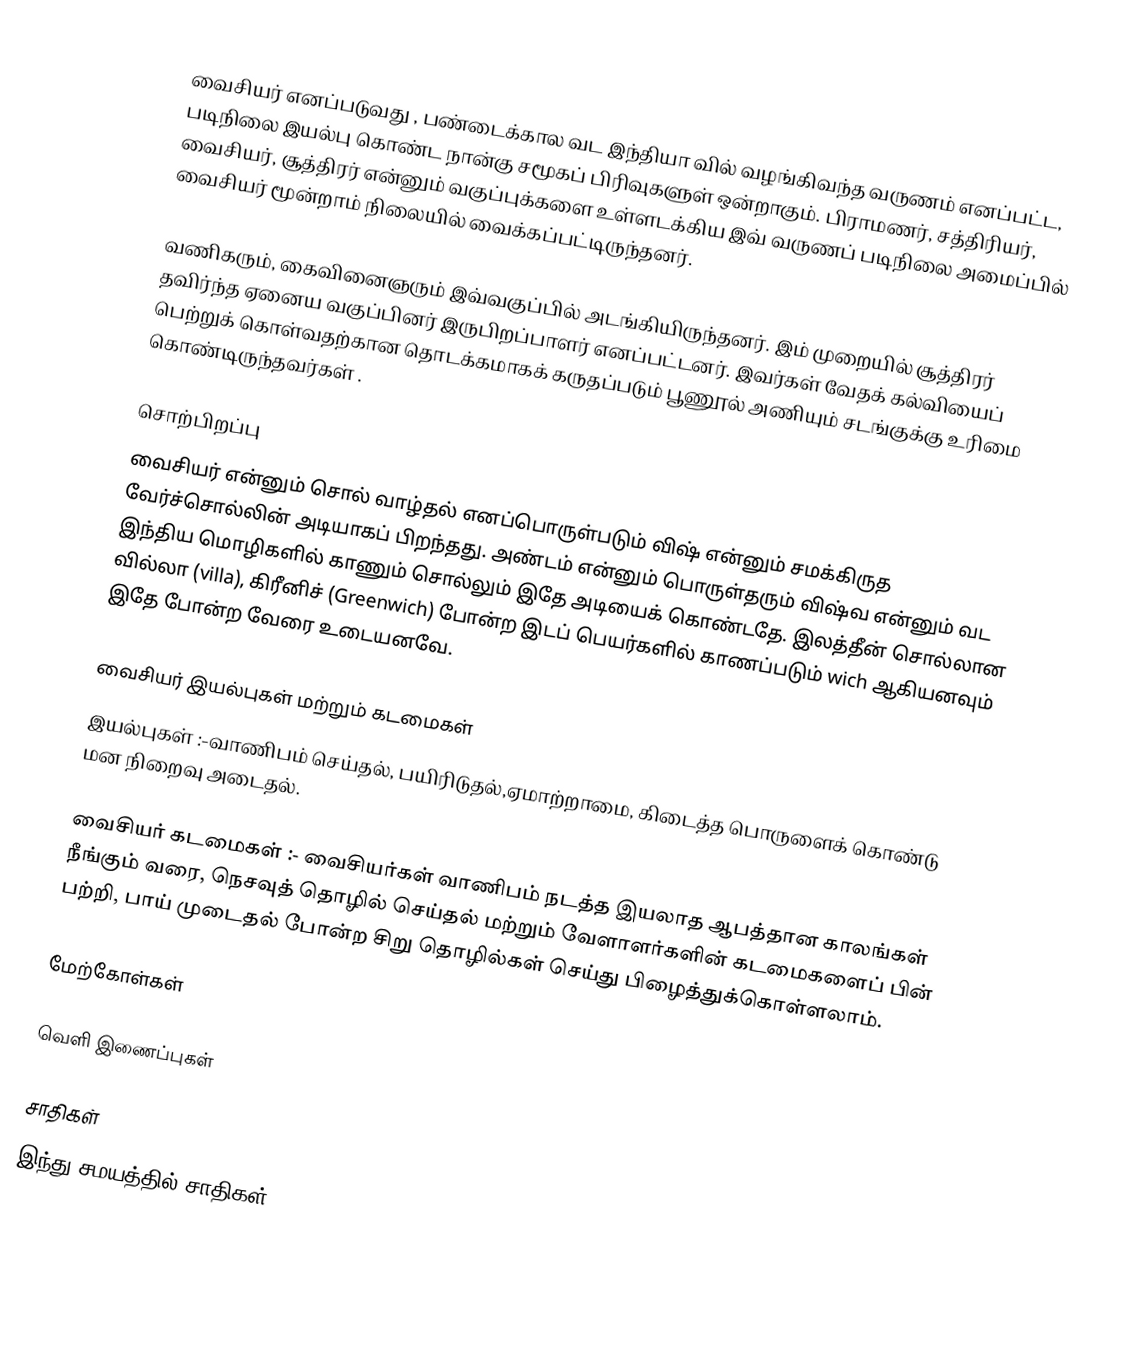
வைசியர் எனப்படுவது , பண்டைக்கால வட இந்தியா வில் வழங்கிவந்த வருணம் எனப்பட்ட, படிநிலை இயல்பு கொண்ட நான்கு சமூகப் பிரிவுகளுள் ஒன்றாகும். பிராமணர், சத்திரியர், வைசியர், சூத்திரர் என்னும் வகுப்புக்களை உள்ளடக்கிய இவ் வருணப் படிநிலை அமைப்பில் வைசியர் மூன்றாம் நிலையில் வைக்கப்பட்டிருந்தனர்.

வணிகரும், கைவினைஞரும் இவ்வகுப்பில் அடங்கியிருந்தனர். இம் முறையில் சூத்திரர் தவிர்ந்த ஏனைய வகுப்பினர் இருபிறப்பாளர் எனப்பட்டனர். இவர்கள் வேதக் கல்வியைப் பெற்றுக் கொள்வதற்கான தொடக்கமாகக் கருதப்படும் பூணூல் அணியும் சடங்குக்கு உரிமை கொண்டிருந்தவர்கள்  .

சொற்பிறப்பு
வைசியர் என்னும் சொல் வாழ்தல் எனப்பொருள்படும் விஷ் என்னும் சமக்கிருத வேர்ச்சொல்லின் அடியாகப் பிறந்தது. அண்டம் என்னும் பொருள்தரும் விஷ்வ என்னும் வட இந்திய மொழிகளில் காணும் சொல்லும் இதே அடியைக் கொண்டதே. இலத்தீன் சொல்லான வில்லா (villa), கிரீனிச் (Greenwich) போன்ற இடப் பெயர்களில் காணப்படும் wich ஆகியனவும் இதே போன்ற வேரை உடையனவே.

வைசியர் இயல்புகள் மற்றும் கடமைகள்
 இயல்புகள் :-வாணிபம் செய்தல், பயிரிடுதல்,ஏமாற்றாமை, கிடைத்த பொருளைக் கொண்டு மன நிறைவு அடைதல்.

 வைசியர் கடமைகள் :- வைசியர்கள் வாணிபம் நடத்த இயலாத ஆபத்தான காலங்கள் நீங்கும் வரை, நெசவுத் தொழில் செய்தல் மற்றும் வேளாளர்களின் கடமைகளைப் பின் பற்றி, பாய் முடைதல் போன்ற சிறு தொழில்கள் செய்து பிழைத்துக்கொள்ளலாம்.

மேற்கோள்கள்

வெளி இணைப்புகள்

சாதிகள்
இந்து சமயத்தில் சாதிகள்